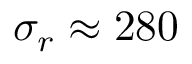
\sigma _ { r } \approx 2 8 0